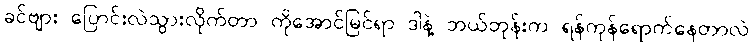
ခင်ဗျား ပြောင်းလဲသွားလိုက်တာ ကိုအောင်မြင်ရာ ဒါနဲ့ ဘယ်တုန်းက ရန်ကုန်ရောက်နေတာလဲ